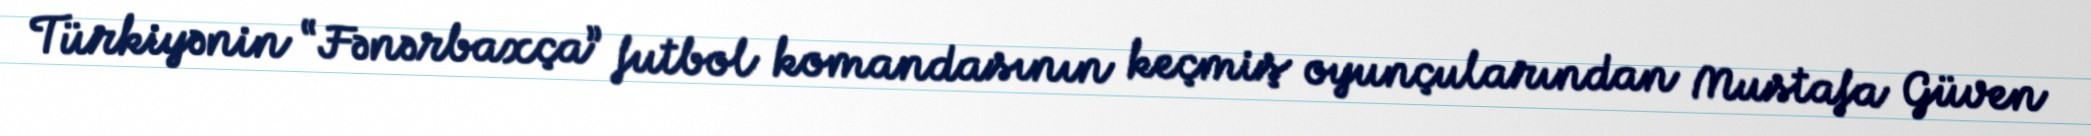
Türkiyənin “Fənərbaxça” futbol komandasının keçmiş oyunçularından Mustafa Güven